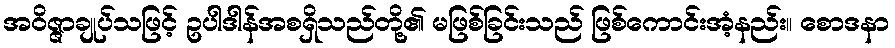
အဝိဇ္ဇာချုပ်သဖြင့် ဥပါဒါန်အစရှိသည်တို့၏ မဖြစ်ခြင်းသည် ဖြစ်ကောင်းအံ့နည်း။ စောဒနာ